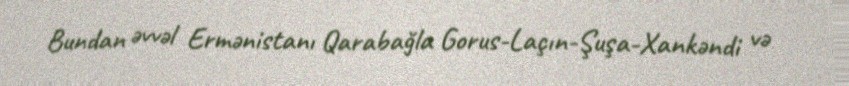
Bundan əvvəl Ermənistanı Qarabağla Gorus-Laçın-Şuşa-Xankəndi və